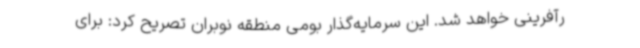
رآفرینی خواهد شد. این سرمایه‌گذار بومی منطقه نوبران تصریح کرد: برای